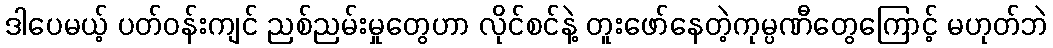
ဒါပေမယ့် ပတ်ဝန်းကျင် ညစ်ညမ်းမှုတွေဟာ လိုင်စင်နဲ့ တူးဖော်နေတဲ့ကုမ္ပဏီတွေကြောင့် မဟုတ်ဘဲ